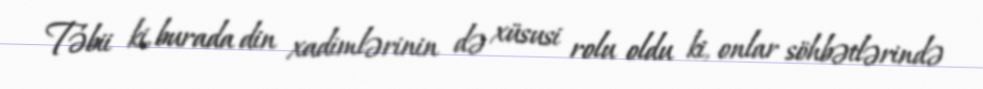
Təbii ki, burada din xadimlərinin də xüsusi rolu oldu ki, onlar söhbətlərində